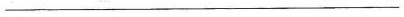
__________________